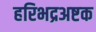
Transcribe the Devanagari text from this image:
हरिभद्रअष्टक